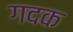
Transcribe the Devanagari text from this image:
गदक